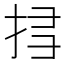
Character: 𢬞